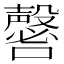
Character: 𡄈